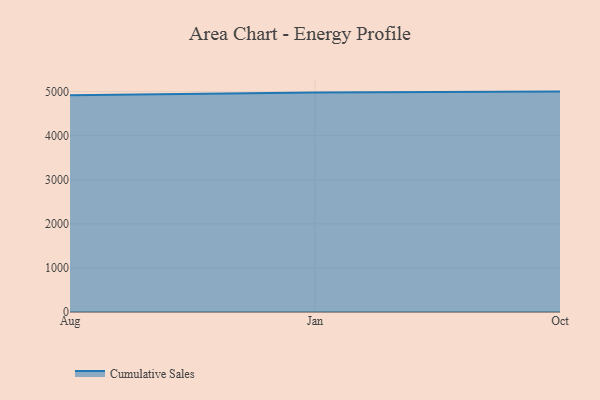
{"axis": {"x": "Month", "y": "Revenue (USD Million)"}, "legend": ["Cumulative Sales"], "data": [{"x": "Aug", "y": 4915.5, "type": "Cumulative Sales"}, {"x": "Jan", "y": 4980.4, "type": "Cumulative Sales"}, {"x": "Oct", "y": 5000, "type": "Cumulative Sales"}]}